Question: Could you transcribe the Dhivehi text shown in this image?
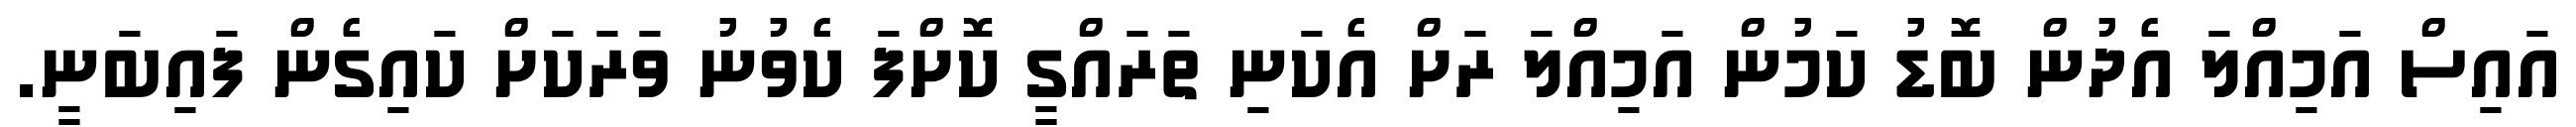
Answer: އައިސް އަމިއްލަ އެދުން ބޮޑު ކަމުން އަމިއްލަ ރަށް އެކަނި ތަރައްގީ ކޮށްފަ ކެވުނު ވަރަކަށް ކައިގެން ފައިބަނީ.